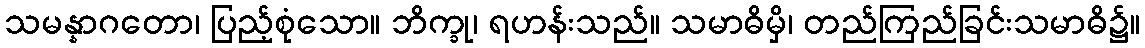
သမန္နာဂတော၊ ပြည့်စုံသော။ ဘိက္ခု၊ ရဟန်းသည်။ သမာဓိမှိ၊ တည်ကြည်ခြင်းသမာဓိ၌။